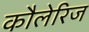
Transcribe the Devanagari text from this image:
कौलेरिज